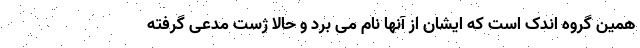
همین گروه اندک است که ایشان از آنها نام می برد و حالا ژست مدعی گرفته